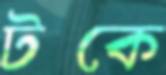
টকে